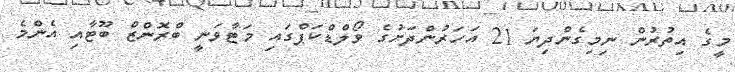
މީގެ އިތުރުން ނިމިގެންދިޔަ 21 އަހަރުންދަށުގެ ވޯލްޑްކަޕްގައި މަޓާވަނީ ބްރޮންޒް ބޫޓާއި އެންމެ